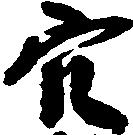
穴